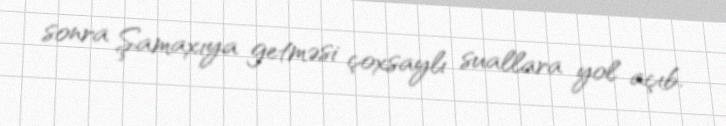
sonra Şamaxıya getməsi çoxsaylı suallara yol açıb.